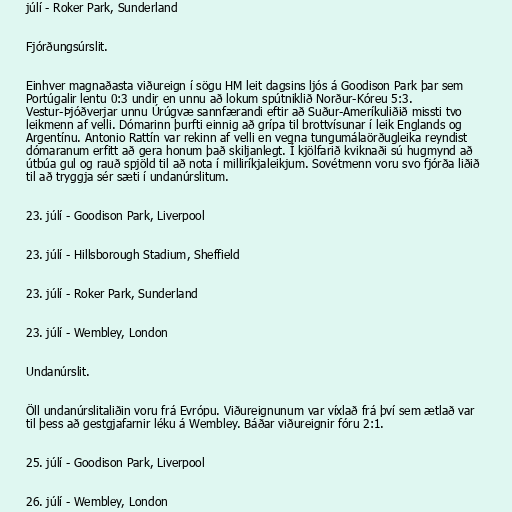
júlí - Roker Park, Sunderland

Fjórðungsúrslit.

Einhver magnaðasta viðureign í sögu HM leit dagsins ljós á Goodison Park þar sem
Portúgalir lentu 0:3 undir en unnu að lokum spútniklið Norður-Kóreu 5:3.
Vestur-Þjóðverjar unnu Úrúgvæ sannfærandi eftir að Suður-Ameríkuliðið missti tvo
leikmenn af velli. Dómarinn þurfti einnig að grípa til brottvísunar í leik Englands og
Argentínu. Antonio Rattín var rekinn af velli en vegna tungumálaörðugleika reyndist
dómaranum erfitt að gera honum það skiljanlegt. Í kjölfarið kviknaði sú hugmynd að
útbúa gul og rauð spjöld til að nota í milliríkjaleikjum. Sovétmenn voru svo fjórða liðið
til að tryggja sér sæti í undanúrslitum.

23. júlí - Goodison Park, Liverpool

23. júlí - Hillsborough Stadium, Sheffield

23. júlí - Roker Park, Sunderland

23. júlí - Wembley, London

Undanúrslit.

Öll undanúrslitaliðin voru frá Evrópu. Viðureignunum var víxlað frá því sem ætlað var
til þess að gestgjafarnir léku á Wembley. Báðar viðureignir fóru 2:1.

25. júlí - Goodison Park, Liverpool

26. júlí - Wembley, London